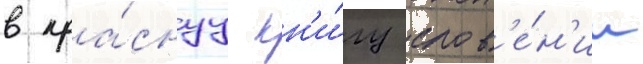
в кра́снуу кн'и́гу слов'е́н'ии